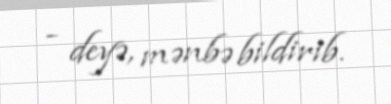
- deyə, mənbə bildirib.